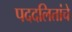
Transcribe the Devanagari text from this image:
पददलितांचे